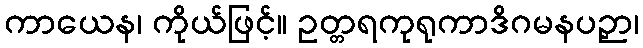
ကာယေန၊ ကိုယ်ဖြင့်။ ဥတ္တရကုရုကာဒိဂမနပဉှာ၊